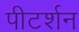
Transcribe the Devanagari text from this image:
पीटर्शन